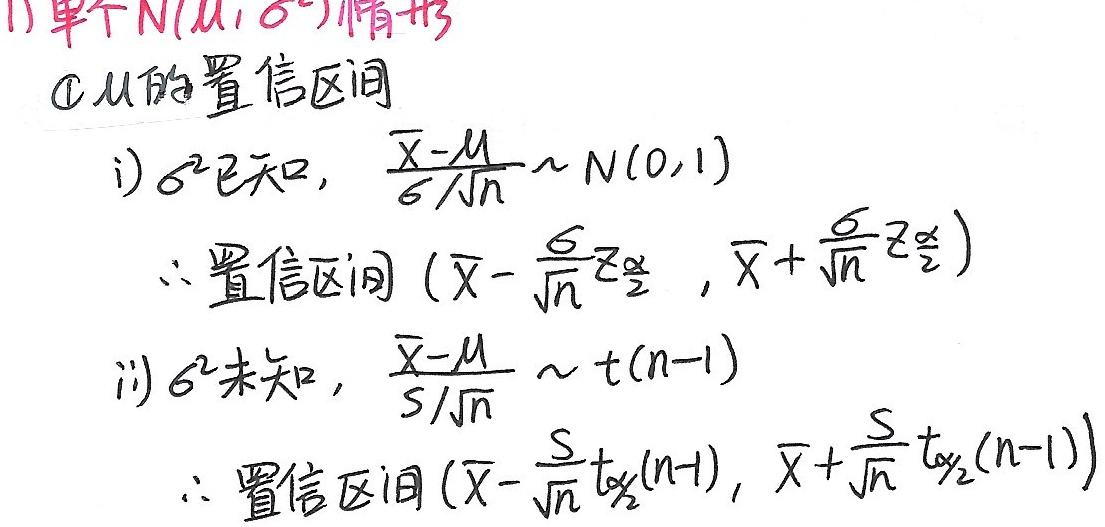
1) 单个$N(\mu,\sigma^{2})$情形
\textcircled{1} $\mu$的置信区间
i) $\sigma^{2}$已知，$\frac{\overline{X}-\mu}{\sigma/\sqrt{n}}\sim N(0,1)$
$\therefore$置信区间$\left(\overline{X}-\frac{\sigma}{\sqrt{n}}z_{\frac{\alpha}{2}},\overline{X}+\frac{\sigma}{\sqrt{n}}z_{\frac{\alpha}{2}}\right)$
ii) $\sigma^{2}$未知，$\frac{\overline{X}-\mu}{S/\sqrt{n}}\sim t(n - 1)$
$\therefore$置信区间$\left(\overline{X}-\frac{S}{\sqrt{n}}t_{\frac{\alpha}{2}}(n - 1),\overline{X}+\frac{S}{\sqrt{n}}t_{\frac{\alpha}{2}}(n - 1)\right)$